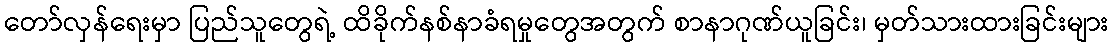
တော်လှန်ရေးမှာ ပြည်သူတွေရဲ့ ထိခိုက်နစ်နာခံရမှုတွေအတွက် စာနာဂုဏ်ယူခြင်း၊ မှတ်သားထားခြင်းများ